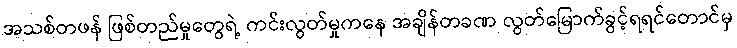
အသစ်တဖန် ဖြစ်တည်မှုတွေရဲ့ ကင်းလွတ်မှုကနေ အချိန်တခဏ လွတ်မြောက်ခွင့်ရရင်တောင်မှ